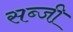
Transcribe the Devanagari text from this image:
सब्जी़